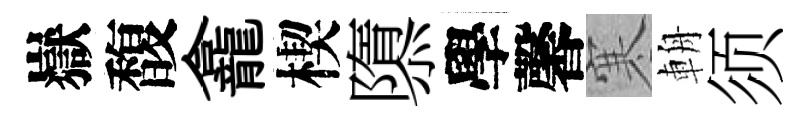
嶽馥龕楔隳學馨寒輈须